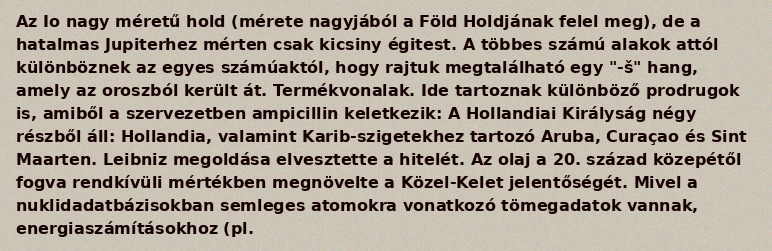
Az Io nagy méretű hold (mérete nagyjából a Föld Holdjának felel meg), de a hatalmas Jupiterhez mérten csak kicsiny égitest. A többes számú alakok attól különböznek az egyes számúaktól, hogy rajtuk megtalálható egy "-š" hang, amely az oroszból került át. Termékvonalak. Ide tartoznak különböző prodrugok is, amiből a szervezetben ampicillin keletkezik: A Hollandiai Királyság négy részből áll: Hollandia, valamint Karib-szigetekhez tartozó Aruba, Curaçao és Sint Maarten. Leibniz megoldása elvesztette a hitelét. Az olaj a 20. század közepétől fogva rendkívüli mértékben megnövelte a Közel-Kelet jelentőségét. Mivel a nuklidadatbázisokban semleges atomokra vonatkozó tömegadatok vannak, energiaszámításokhoz (pl.